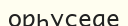
орһусеае